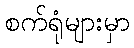
စက်ရုံများမှာ